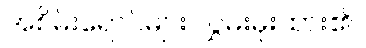
အစိမ်းရောင်များ လွှမ်းမိုးထား၏။